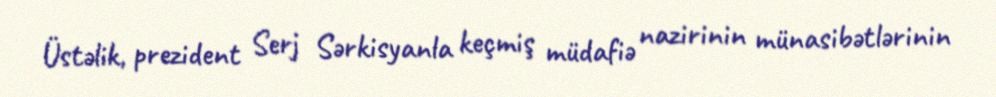
Üstəlik, prezident Serj Sərkisyanla keçmiş müdafiə nazirinin münasibətlərinin